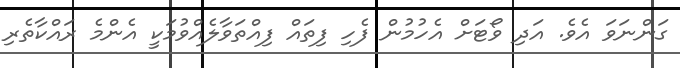
ގަންނަވަ އެވެ. އަދި ވޯޓަށް އެހުމުން ފެހި ފިތައް ފިއްތަވާލެއްވުމަކީ އެންމެ ރައްކާތެރި